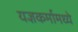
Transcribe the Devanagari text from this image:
यज्ञकर्मामध्ये